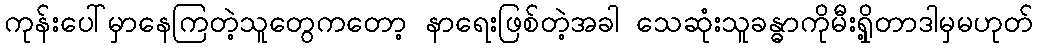
ကုန်းပေါ်မှာနေကြတဲ့သူတွေကတော့ နာရေးဖြစ်တဲ့အခါ သေဆုံးသူခန္ဓာကိုမီးရှို့တာဒါမှမဟုတ်